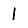
Digit: 1